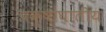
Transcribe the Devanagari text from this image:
पक्षाघातीय